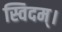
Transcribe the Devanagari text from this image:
स्विदम्।